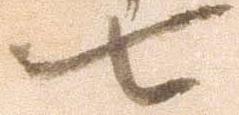
七